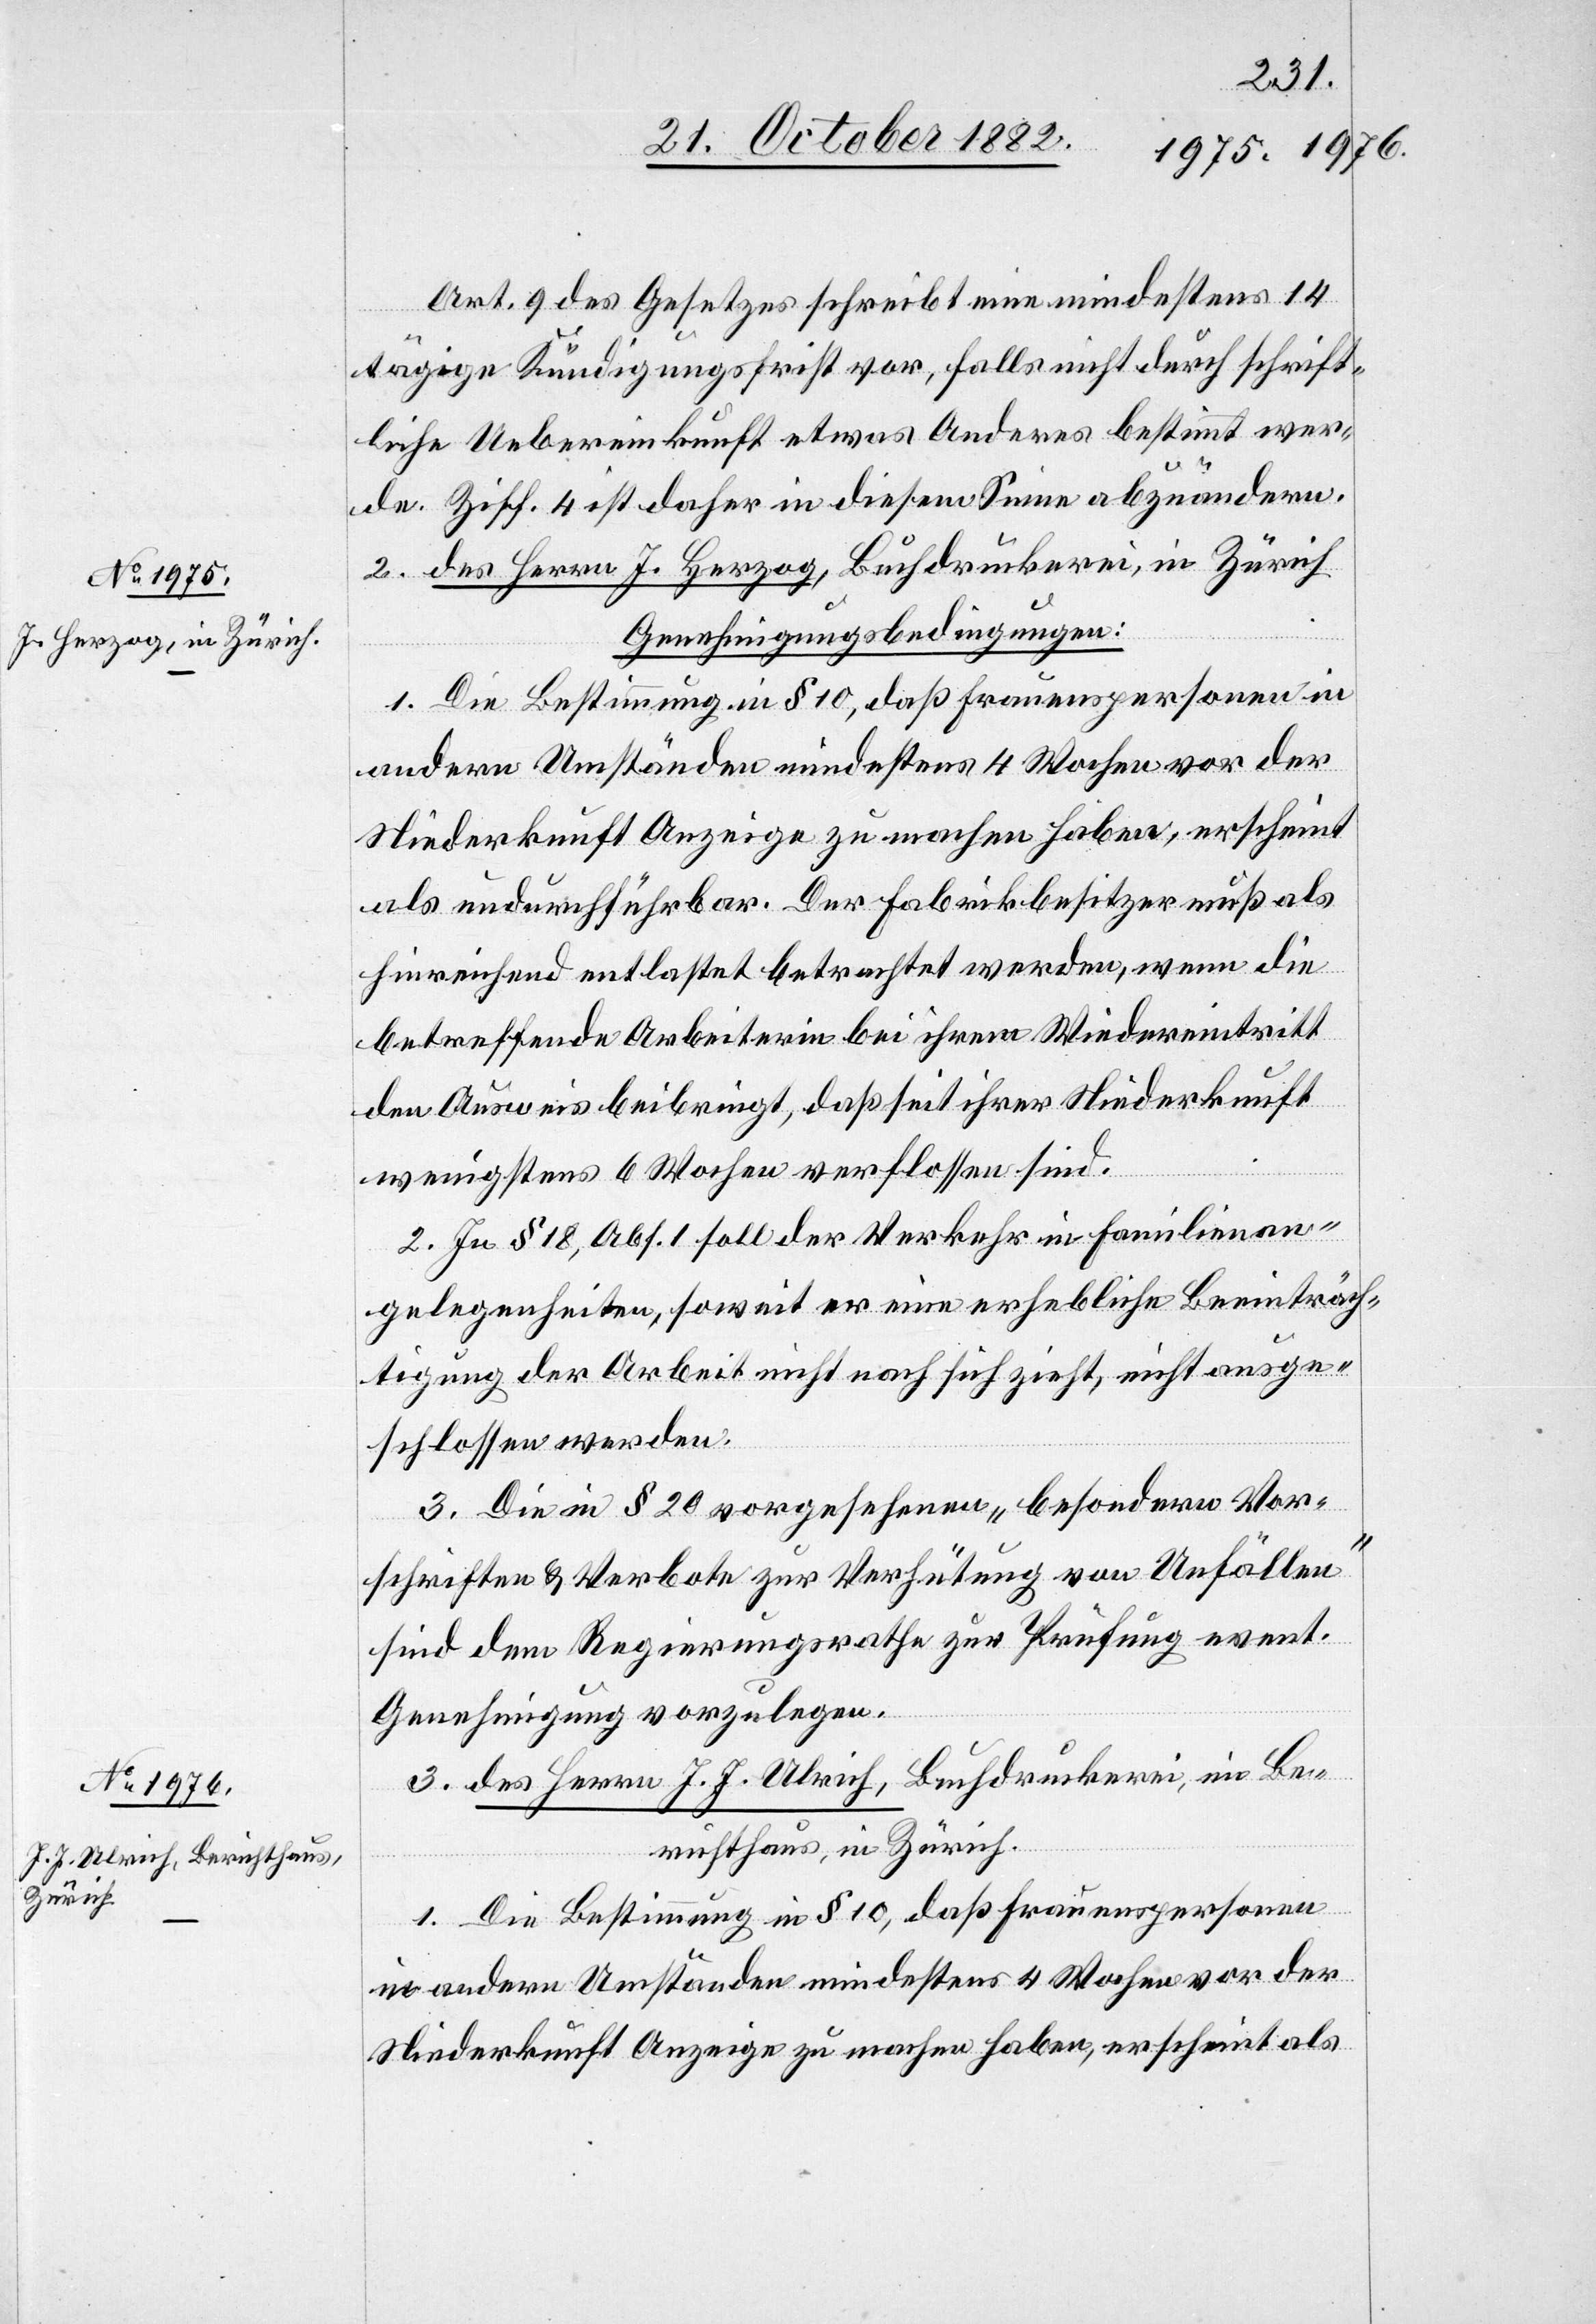
Art. 9 des Gesetzes schreibt eine mindestens 14t¬
ägige Kündigungsfrist vor, falls nicht durch schrift¬
liche Uebereinkunft etwas Anderes bestimmt wer¬
de. Ziff. 4 ist daher in diesem Sinne abzuändern.
2. des Herrn J. Herzog, Buchdruckerei, in Zürich
Genehmigungsbedingungen:
1. Die Bestimmung in § 10, daß Frauenspersonen in
andern Umständen mindestens 4 Wochen vor der
Niederkunft Anzeige zu machen haben, erscheint
als undurchführbar. Der Fabrikbesitzer muß als
hinreichend entlastet betrachtet werden, wenn die
betreffende Arbeiterin bei ihrem Wiedereintritt
den Ausweis beibringt, daß seit ihrer Niederkunft
wenigstens 6 Wochen verflossen sind.
2. In § 18, Abs. 1 soll der Verkehr in Familienan¬
gelegenheiten, soweit er eine erhebliche Beeinträch¬
tigung der Arbeit nicht nach sich zieht, nicht ausge¬
schlossen werden.
3. Die in § 20 vorgesehenen „besondern Vor¬
schriften & Verbote zur Verhütung von Unfällen“
sind dem Regierungsrathe zur Prüfung event.
Genehmigung vorzulegen.
3. des Herrn J. J. Ulrich, Buchdruckerei, im Be¬
richthaus, Zürich.
Niederkunft Anzeige zu machen haben, erscheint als